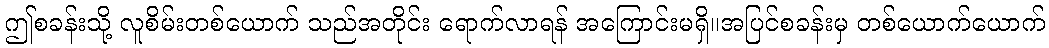
ဤစခန်းသို့ လူစိမ်းတစ်ယောက် သည်အတိုင်း ရောက်လာရန် အကြောင်းမရှိ။အပြင်စခန်းမှ တစ်ယောက်ယောက်